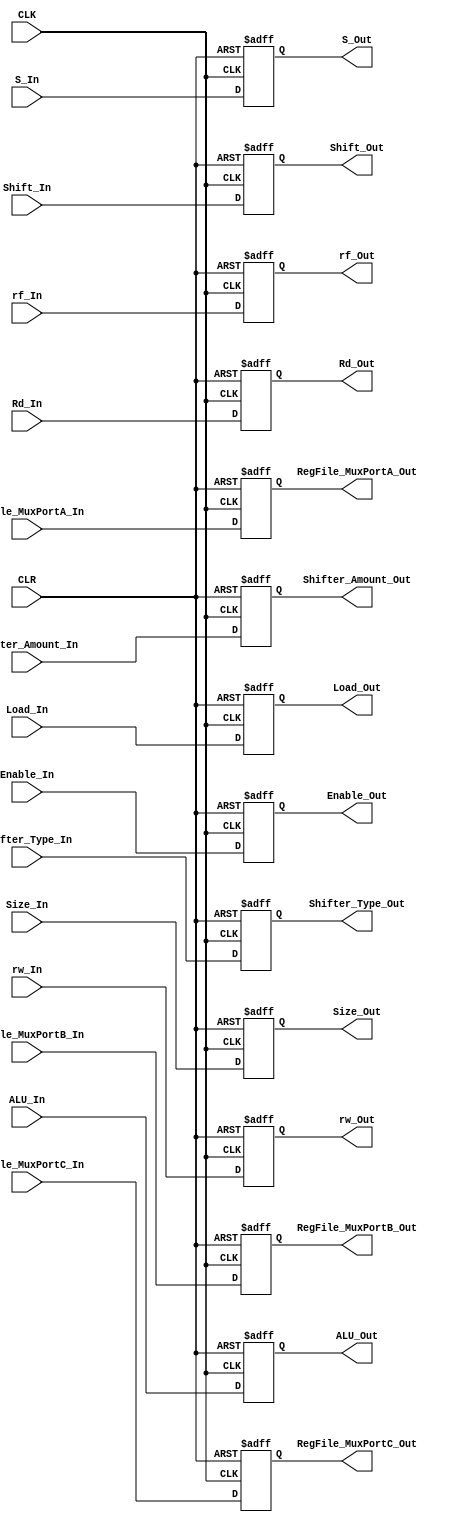
module IDEX_Register (
    output reg  Shift_Out,
    output reg [3:0] ALU_Out,
    output reg [1:0] Size_Out,
    output reg Enable_Out,
    output reg rw_Out,
    output reg Load_Out,
    output reg S_Out,
    output reg rf_Out,
    output reg [31:0] RegFile_MuxPortC_Out,
    output reg [31:0] RegFile_MuxPortB_Out,
    output reg [2:0] Shifter_Type_Out,
    output reg [31:0] RegFile_MuxPortA_Out,
    output reg [11:0] Shifter_Amount_Out,
    output reg [3:0] Rd_Out,
    input Shift_In,
    input [3:0] ALU_In,
    input [1:0] Size_In,
    input Enable_In,
    input rw_In,
    input Load_In,
    input S_In,
    input rf_In,
    input [31:0] RegFile_MuxPortC_In,
    input [31:0] RegFile_MuxPortB_In,
    input [2:0] Shifter_Type_In,
    input [31:0] RegFile_MuxPortA_In,
    input [11:0] Shifter_Amount_In,
    input [3:0] Rd_In,
    input CLK,
    input CLR
    );

    always@(posedge CLK,posedge CLR) begin
        if(CLR) begin
            Shift_Out <= 1'b0;
            ALU_Out <= 4'b0000;
            Load_Out <= 1'b0;
            S_Out <= 1'b0;
            rf_Out <= 1'b0;
            Size_Out <= 2'b00;
            Enable_Out <= 1'b0;
            rw_Out <= 1'b0;
            RegFile_MuxPortC_Out <= 32'b00000000000000000000000000000000;
            RegFile_MuxPortB_Out <= 32'b00000000000000000000000000000000;
            Shifter_Type_Out <= 3'b000; 
            RegFile_MuxPortA_Out <= 32'b00000000000000000000000000000000;
            Shifter_Amount_Out <= 12'b000000000000;
            Rd_Out <= 4'b0000;
        end else begin
            Shift_Out <= Shift_In;
            ALU_Out <= ALU_In;
            Load_Out <= Load_In;
            S_Out <= S_In;
            rf_Out <= rf_In;
            Size_Out <= Size_In;
            Enable_Out <= Enable_In;
            rw_Out <= rw_In;
            RegFile_MuxPortC_Out <= RegFile_MuxPortC_In;
            RegFile_MuxPortB_Out <= RegFile_MuxPortB_In;
            Shifter_Type_Out <= Shifter_Type_In; 
            RegFile_MuxPortA_Out <= RegFile_MuxPortA_In;
            Shifter_Amount_Out <= Shifter_Amount_In;
            Rd_Out <= Rd_In;
        end
    end
endmodule